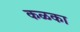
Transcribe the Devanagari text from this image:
कळका